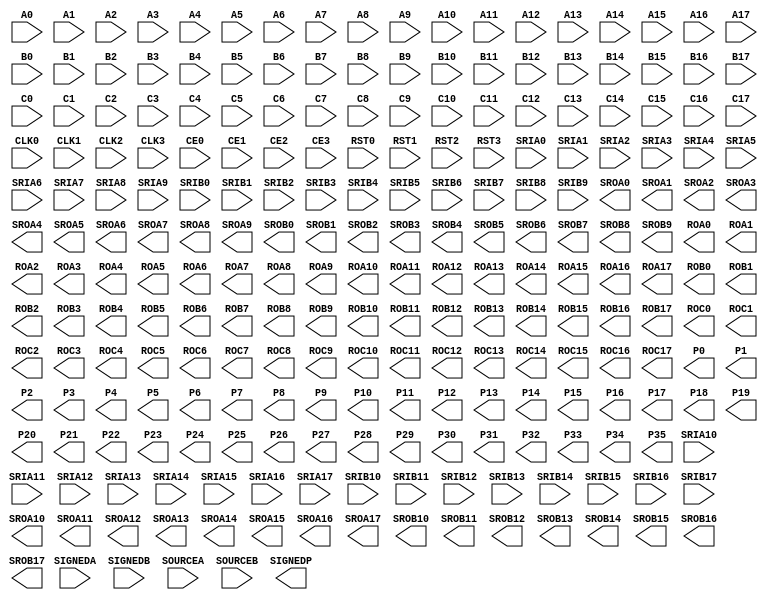
// ECP5 Blackbox cells
// FIXME: Create sim models

(* blackbox *)
module MULT18X18D(
	input A0, A1, A2, A3, A4, A5, A6, A7, A8, A9, A10, A11, A12, A13, A14, A15, A16, A17,
	input B0, B1, B2, B3, B4, B5, B6, B7, B8, B9, B10, B11, B12, B13, B14, B15, B16, B17,
	input C0, C1, C2, C3, C4, C5, C6, C7, C8, C9, C10, C11, C12, C13, C14, C15, C16, C17,
	input SIGNEDA, SIGNEDB, SOURCEA, SOURCEB,
	input CLK0, CLK1, CLK2, CLK3,
	input CE0, CE1, CE2, CE3,
	input RST0, RST1, RST2, RST3,
	input SRIA0, SRIA1, SRIA2, SRIA3, SRIA4, SRIA5, SRIA6, SRIA7, SRIA8, SRIA9, SRIA10, SRIA11, SRIA12, SRIA13, SRIA14, SRIA15, SRIA16, SRIA17,
	input SRIB0, SRIB1, SRIB2, SRIB3, SRIB4, SRIB5, SRIB6, SRIB7, SRIB8, SRIB9, SRIB10, SRIB11, SRIB12, SRIB13, SRIB14, SRIB15, SRIB16, SRIB17,
	output SROA0, SROA1, SROA2, SROA3, SROA4, SROA5, SROA6, SROA7, SROA8, SROA9, SROA10, SROA11, SROA12, SROA13, SROA14, SROA15, SROA16, SROA17,
	output SROB0, SROB1, SROB2, SROB3, SROB4, SROB5, SROB6, SROB7, SROB8, SROB9, SROB10, SROB11, SROB12, SROB13, SROB14, SROB15, SROB16, SROB17,
	output ROA0, ROA1, ROA2, ROA3, ROA4, ROA5, ROA6, ROA7, ROA8, ROA9, ROA10, ROA11, ROA12, ROA13, ROA14, ROA15, ROA16, ROA17,
	output ROB0, ROB1, ROB2, ROB3, ROB4, ROB5, ROB6, ROB7, ROB8, ROB9, ROB10, ROB11, ROB12, ROB13, ROB14, ROB15, ROB16, ROB17,
	output ROC0, ROC1, ROC2, ROC3, ROC4, ROC5, ROC6, ROC7, ROC8, ROC9, ROC10, ROC11, ROC12, ROC13, ROC14, ROC15, ROC16, ROC17,
	output P0, P1, P2, P3, P4, P5, P6, P7, P8, P9, P10, P11, P12, P13, P14, P15, P16, P17, P18, P19, P20, P21, P22, P23, P24, P25, P26, P27, P28, P29, P30, P31, P32, P33, P34, P35,
	output SIGNEDP
);
	parameter REG_INPUTA_CLK = "NONE";
	parameter REG_INPUTA_CE = "CE0";
	parameter REG_INPUTA_RST = "RST0";
	parameter REG_INPUTB_CLK = "NONE";
	parameter REG_INPUTB_CE = "CE0";
	parameter REG_INPUTB_RST = "RST0";
	parameter REG_INPUTC_CLK = "NONE";
	parameter REG_INPUTC_CE = "CE0";
	parameter REG_INPUTC_RST = "RST0";
	parameter REG_PIPELINE_CLK = "NONE";
	parameter REG_PIPELINE_CE = "CE0";
	parameter REG_PIPELINE_RST = "RST0";
	parameter REG_OUTPUT_CLK = "NONE";
	parameter REG_OUTPUT_CE = "CE0";
	parameter REG_OUTPUT_RST = "RST0";
	parameter [127:0] CLK0_DIV = "ENABLED";
	parameter [127:0] CLK1_DIV = "ENABLED";
	parameter [127:0] CLK2_DIV = "ENABLED";
	parameter [127:0] CLK3_DIV = "ENABLED";
	parameter HIGHSPEED_CLK = "NONE";
	parameter [127:0] GSR = "ENABLED";
	parameter CAS_MATCH_REG = "FALSE";
	parameter [127:0] SOURCEB_MODE = "B_SHIFT";
	parameter [127:0] MULT_BYPASS = "DISABLED";
	parameter [127:0] RESETMODE = "SYNC";
endmodule

(* blackbox *)
module ALU54B(
	input CLK0, CLK1, CLK2, CLK3,
	input CE0, CE1, CE2, CE3,
	input RST0, RST1, RST2, RST3,
	input SIGNEDIA, SIGNEDIB, SIGNEDCIN,
	input A0, A1, A2, A3, A4, A5, A6, A7, A8, A9, A10, A11, A12, A13, A14, A15, A16, A17, A18, A19, A20, A21, A22, A23, A24, A25, A26, A27, A28, A29, A30, A31, A32, A33, A34, A35,
	input B0, B1, B2, B3, B4, B5, B6, B7, B8, B9, B10, B11, B12, B13, B14, B15, B16, B17, B18, B19, B20, B21, B22, B23, B24, B25, B26, B27, B28, B29, B30, B31, B32, B33, B34, B35,
	input C0, C1, C2, C3, C4, C5, C6, C7, C8, C9, C10, C11, C12, C13, C14, C15, C16, C17, C18, C19, C20, C21, C22, C23, C24, C25, C26, C27, C28, C29, C30, C31, C32, C33, C34, C35, C36, C37, C38, C39, C40, C41, C42, C43, C44, C45, C46, C47, C48, C49, C50, C51, C52, C53,
	input CFB0, CFB1, CFB2, CFB3, CFB4, CFB5, CFB6, CFB7, CFB8, CFB9, CFB10, CFB11, CFB12, CFB13, CFB14, CFB15, CFB16, CFB17, CFB18, CFB19, CFB20, CFB21, CFB22, CFB23, CFB24, CFB25, CFB26, CFB27, CFB28, CFB29, CFB30, CFB31, CFB32, CFB33, CFB34, CFB35, CFB36, CFB37, CFB38, CFB39, CFB40, CFB41, CFB42, CFB43, CFB44, CFB45, CFB46, CFB47, CFB48, CFB49, CFB50, CFB51, CFB52, CFB53,
	input MA0, MA1, MA2, MA3, MA4, MA5, MA6, MA7, MA8, MA9, MA10, MA11, MA12, MA13, MA14, MA15, MA16, MA17, MA18, MA19, MA20, MA21, MA22, MA23, MA24, MA25, MA26, MA27, MA28, MA29, MA30, MA31, MA32, MA33, MA34, MA35,
	input MB0, MB1, MB2, MB3, MB4, MB5, MB6, MB7, MB8, MB9, MB10, MB11, MB12, MB13, MB14, MB15, MB16, MB17, MB18, MB19, MB20, MB21, MB22, MB23, MB24, MB25, MB26, MB27, MB28, MB29, MB30, MB31, MB32, MB33, MB34, MB35,
	input CIN0, CIN1, CIN2, CIN3, CIN4, CIN5, CIN6, CIN7, CIN8, CIN9, CIN10, CIN11, CIN12, CIN13, CIN14, CIN15, CIN16, CIN17, CIN18, CIN19, CIN20, CIN21, CIN22, CIN23, CIN24, CIN25, CIN26, CIN27, CIN28, CIN29, CIN30, CIN31, CIN32, CIN33, CIN34, CIN35, CIN36, CIN37, CIN38, CIN39, CIN40, CIN41, CIN42, CIN43, CIN44, CIN45, CIN46, CIN47, CIN48, CIN49, CIN50, CIN51, CIN52, CIN53,
	input OP0, OP1, OP2, OP3, OP4, OP5, OP6, OP7, OP8, OP9, OP10,
	output R0, R1, R2, R3, R4, R5, R6, R7, R8, R9, R10, R11, R12, R13, R14, R15, R16, R17, R18, R19, R20, R21, R22, R23, R24, R25, R26, R27, R28, R29, R30, R31, R32, R33, R34, R35, R36, R37, R38, R39, R40, R41, R42, R43, R44, R45, R46, R47, R48, R49, R50, R51, R52, R53,
	output CO0, CO1, CO2, CO3, CO4, CO5, CO6, CO7, CO8, CO9, CO10, CO11, CO12, CO13, CO14, CO15, CO16, CO17, CO18, CO19, CO20, CO21, CO22, CO23, CO24, CO25, CO26, CO27, CO28, CO29, CO30, CO31, CO32, CO33, CO34, CO35, CO36, CO37, CO38, CO39, CO40, CO41, CO42, CO43, CO44, CO45, CO46, CO47, CO48, CO49, CO50, CO51, CO52, CO53,
	output EQZ, EQZM, EQOM, EQPAT, EQPATB,
	output OVER, UNDER, OVERUNDER,
	output SIGNEDR
);
	parameter REG_INPUTC0_CLK = "NONE";
	parameter REG_INPUTC0_CE = "CE0";
	parameter REG_INPUTC0_RST = "RST0";
	parameter REG_INPUTC1_CLK = "NONE";
	parameter REG_INPUTC1_CE = "CE0";
	parameter REG_INPUTC1_RST = "RST0";
	parameter REG_OPCODEOP0_0_CLK = "NONE";
	parameter REG_OPCODEOP0_0_CE = "CE0";
	parameter REG_OPCODEOP0_0_RST = "RST0";
	parameter REG_OPCODEOP1_0_CLK = "NONE";
	parameter REG_OPCODEOP0_1_CLK = "NONE";
	parameter REG_OPCODEOP0_1_CE = "CE0";
	parameter REG_OPCODEOP0_1_RST = "RST0";
	parameter REG_OPCODEOP1_1_CLK = "NONE";
	parameter REG_OPCODEIN_0_CLK = "NONE";
	parameter REG_OPCODEIN_0_CE = "CE0";
	parameter REG_OPCODEIN_0_RST = "RST0";
	parameter REG_OPCODEIN_1_CLK = "NONE";
	parameter REG_OPCODEIN_1_CE = "CE0";
	parameter REG_OPCODEIN_1_RST = "RST0";
	parameter REG_OUTPUT0_CLK = "NONE";
	parameter REG_OUTPUT0_CE = "CE0";
	parameter REG_OUTPUT0_RST = "RST0";
	parameter REG_OUTPUT1_CLK = "NONE";
	parameter REG_OUTPUT1_CE = "CE0";
	parameter REG_OUTPUT1_RST = "RST0";
	parameter REG_FLAG_CLK = "NONE";
	parameter REG_FLAG_CE = "CE0";
	parameter REG_FLAG_RST = "RST0";
	parameter REG_INPUTCFB_CLK = "NONE";
	parameter REG_INPUTCFB_CE = "CE0";
	parameter REG_INPUTCFB_RST = "RST0";
	parameter [127:0] MCPAT_SOURCE = "STATIC";
	parameter [127:0] MASKPAT_SOURCE = "STATIC";
	parameter MASK01 = "0x00000000000000";
	parameter [127:0] CLK0_DIV = "ENABLED";
	parameter [127:0] CLK1_DIV = "ENABLED";
	parameter [127:0] CLK2_DIV = "ENABLED";
	parameter [127:0] CLK3_DIV = "ENABLED";
	parameter MCPAT = "0x00000000000000";
	parameter MASKPAT = "0x00000000000000";
	parameter RNDPAT = "0x00000000000000";
	parameter [127:0] GSR = "ENABLED";
	parameter [127:0] RESETMODE = "SYNC";
	parameter MULT9_MODE = "DISABLED";
	parameter FORCE_ZERO_BARREL_SHIFT = "DISABLED";
	parameter LEGACY = "DISABLED";
endmodule

(* blackbox *)
module EHXPLLL (
	input CLKI, CLKFB,
	input PHASESEL1, PHASESEL0, PHASEDIR, PHASESTEP, PHASELOADREG,
	input STDBY, PLLWAKESYNC,
	input RST, ENCLKOP, ENCLKOS, ENCLKOS2, ENCLKOS3,
	output CLKOP, CLKOS, CLKOS2, CLKOS3,
	output LOCK, INTLOCK,
	output REFCLK, CLKINTFB
);
	parameter CLKI_DIV = 1;
	parameter CLKFB_DIV = 1;
	parameter CLKOP_DIV = 8;
	parameter CLKOS_DIV = 8;
	parameter CLKOS2_DIV = 8;
	parameter CLKOS3_DIV = 8;
	parameter CLKOP_ENABLE = "ENABLED";
	parameter CLKOS_ENABLE = "DISABLED";
	parameter CLKOS2_ENABLE = "DISABLED";
	parameter CLKOS3_ENABLE = "DISABLED";
	parameter CLKOP_CPHASE = 0;
	parameter CLKOS_CPHASE = 0;
	parameter CLKOS2_CPHASE = 0;
	parameter CLKOS3_CPHASE = 0;
	parameter CLKOP_FPHASE = 0;
	parameter CLKOS_FPHASE = 0;
	parameter CLKOS2_FPHASE = 0;
	parameter CLKOS3_FPHASE = 0;
	parameter FEEDBK_PATH = "CLKOP";
	parameter CLKOP_TRIM_POL = "RISING";
	parameter CLKOP_TRIM_DELAY = 0;
	parameter CLKOS_TRIM_POL = "RISING";
	parameter CLKOS_TRIM_DELAY = 0;
	parameter OUTDIVIDER_MUXA = "DIVA";
	parameter OUTDIVIDER_MUXB = "DIVB";
	parameter OUTDIVIDER_MUXC = "DIVC";
	parameter OUTDIVIDER_MUXD = "DIVD";
	parameter PLL_LOCK_MODE = 0;
	parameter PLL_LOCK_DELAY = 200;
	parameter STDBY_ENABLE = "DISABLED";
	parameter REFIN_RESET = "DISABLED";
	parameter SYNC_ENABLE = "DISABLED";
	parameter INT_LOCK_STICKY = "ENABLED";
	parameter DPHASE_SOURCE = "DISABLED";
	parameter PLLRST_ENA = "DISABLED";
	parameter INTFB_WAKE = "DISABLED";
endmodule

(* blackbox *)
module DTR(
	input STARTPULSE,
	output DTROUT7, DTROUT6, DTROUT5, DTROUT4, DTROUT3, DTROUT2, DTROUT1, DTROUT0
);
endmodule

(* blackbox *)
module OSCG(
	output OSC
);
parameter DIV = 128;
endmodule

(* blackbox *) (* keep *)
module USRMCLK(
	input USRMCLKI, USRMCLKTS,
	output USRMCLKO
);
endmodule

(* blackbox *) (* keep *)
module JTAGG(
	input TCK, TMS, TDI, JTDO2, JTDO1,
	output TDO, JTDI, JTCK, JRTI2, JRTI1,
	output JSHIFT, JUPDATE, JRSTN, JCE2, JCE1
);
parameter ER1 = "ENABLED";
parameter ER2 = "ENABLED";
endmodule

(* blackbox *)
module DELAYF(
	input A, LOADN, MOVE, DIRECTION,
	output Z, CFLAG
);
	parameter DEL_MODE = "USER_DEFINED";
	parameter DEL_VALUE = 0;
endmodule

(* blackbox *)
module DELAYG(
	input A,
	output Z
);
	parameter DEL_MODE = "USER_DEFINED";
	parameter DEL_VALUE = 0;
endmodule

(* blackbox *)
module IDDRX1F(
	input D, SCLK, RST,
	output Q0, Q1
);
	parameter GSR = "ENABLED";
endmodule

(* blackbox *)
module IDDRX2F(
	input D, SCLK, ECLK, RST, ALIGNWD,
	output Q0, Q1, Q2, Q3
);
	parameter GSR = "ENABLED";
endmodule

(* blackbox *)
module IDDR71B(
	input D, SCLK, ECLK, RST, ALIGNWD,
	output Q0, Q1, Q2, Q3, Q4, Q5, Q6
);
	parameter GSR = "ENABLED";
endmodule

(* blackbox *)
module IDDRX2DQA(
	input D, DQSR90, ECLK, SCLK, RST,
	input RDPNTR2, RDPNTR1, RDPNTR0, WRPNTR2, WRPNTR1, WRPNTR0,
	output Q0, Q1, Q2, Q3, QWL
);
	parameter GSR = "ENABLED";
endmodule

(* blackbox *)
module ODDRX1F(
	input SCLK, RST, D0, D1,
	output Q
);
	parameter GSR = "ENABLED";
endmodule

(* blackbox *)
module ODDRX2F(
	input SCLK, ECLK, RST, D0, D1, D2, D3,
	output Q
);
	parameter GSR = "ENABLED";
endmodule

(* blackbox *)
module ODDR71B(
	input SCLK, ECLK, RST, D0, D1, D2, D3, D4, D5, D6,
	output Q
);
	parameter GSR = "ENABLED";
endmodule

(* blackbox *)
module OSHX2A(
	input D0, D1, RST, ECLK, SCLK,
	output Q
);
	parameter GSR = "ENABLED";
endmodule

(* blackbox *)
module ODDRX2DQA(
	input D0, D1, D2, D3, RST, ECLK, SCLK, DQSW270,
	output Q
);
	parameter GSR = "ENABLED";
endmodule

(* blackbox *)
module ODDRX2DQSB(
	input D0, D1, D2, D3, RST, ECLK, SCLK, DQSW,
	output Q
);
	parameter GSR = "ENABLED";
endmodule

(* blackbox *)
module TSHX2DQA(
	input T0, T1, SCLK, ECLK, DQSW270, RST,
	output Q
);
	parameter GSR = "ENABLED";
	parameter REGSET = "SET";
endmodule

(* blackbox *)
module TSHX2DQSA(
	input T0, T1, SCLK, ECLK, DQSW, RST,
	output Q
);
	parameter GSR = "ENABLED";
	parameter REGSET = "SET";
endmodule

(* blackbox *)
module DQSBUFM(
	input DQSI, READ1, READ0, READCLKSEL2, READCLKSEL1, READCLKSEL0, DDRDEL,
	input ECLK, SCLK,
	input DYNDELAY7, DYNDELAY6, DYNDELAY5, DYNDELAY4,
	input DYNDELAY3, DYNDELAY2, DYNDELAY1, DYNDELAY0, 
	input RST, RDLOADN, RDMOVE, RDDIRECTION, WRLOADN, WRMOVE, WRDIRECTION, PAUSE,
	output DQSR90, DQSW, DQSW270,
	output RDPNTR2, RDPNTR1, RDPNTR0, WRPNTR2, WRPNTR1, WRPNTR0,
	output DATAVALID, BURSTDET, RDCFLAG, WRCFLAG
);
	parameter DQS_LI_DEL_ADJ = "FACTORYONLY";
	parameter DQS_LI_DEL_VAL = 0;
	parameter DQS_LO_DEL_ADJ = "FACTORYONLY";
	parameter DQS_LO_DEL_VAL = 0;
	parameter GSR = "ENABLED";
endmodule

(* blackbox *)
module DDRDLLA(
	input CLK, RST, UDDCNTLN, FREEZE,
	output LOCK, DDRDEL, DCNTL7, DCNTL6, DCNTL5, DCNTL4, DCNTL3, DCNTL2, DCNTL1, DCNTL0
);
	parameter FORCE_MAX_DELAY = "NO";
	parameter GSR = "ENABLED";
endmodule

(* blackbox *)
module DLLDELD(
	input A, DDRDEL, LOADN, MOVE, DIRECTION,
	output Z, CFLAG
);
	parameter DEL_ADJ = "PLUS";
	parameter DEL_VAL = 0;
endmodule

(* blackbox *)
module CLKDIVF(
	input CLKI, RST, ALIGNWD,
	output CDIVX
);
	parameter GSR = "DISABLED";
	parameter DIV = "2.0";
endmodule

(* blackbox *)
module ECLKSYNCB(
	input ECLKI, STOP,
	output ECLKO
);
endmodule

(* blackbox *)
module ECLKBRIDGECS(
	input CLK0, CLK1, SEL,
	output ECSOUT
);
endmodule

(* blackbox *)
module DCCA(
	input CLKI, CE,
	output CLKO
);
endmodule

(* blackbox *)
module DCSC(
	input CLK1, CLK0,
	input SEL1, SEL0,
	input MODESEL,
	output DCSOUT
);
	parameter DCSMODE = "POS";
endmodule

(* blackbox *) (* keep *)
module DCUA(
	input CH0_HDINP, CH1_HDINP, CH0_HDINN, CH1_HDINN,
	input D_TXBIT_CLKP_FROM_ND, D_TXBIT_CLKN_FROM_ND, D_SYNC_ND, D_TXPLL_LOL_FROM_ND,
	input CH0_RX_REFCLK, CH1_RX_REFCLK, CH0_FF_RXI_CLK, CH1_FF_RXI_CLK, CH0_FF_TXI_CLK, CH1_FF_TXI_CLK, CH0_FF_EBRD_CLK, CH1_FF_EBRD_CLK,
	input CH0_FF_TX_D_0, CH1_FF_TX_D_0, CH0_FF_TX_D_1, CH1_FF_TX_D_1, CH0_FF_TX_D_2, CH1_FF_TX_D_2, CH0_FF_TX_D_3, CH1_FF_TX_D_3,
	input CH0_FF_TX_D_4, CH1_FF_TX_D_4, CH0_FF_TX_D_5, CH1_FF_TX_D_5, CH0_FF_TX_D_6, CH1_FF_TX_D_6, CH0_FF_TX_D_7, CH1_FF_TX_D_7,
	input CH0_FF_TX_D_8, CH1_FF_TX_D_8, CH0_FF_TX_D_9, CH1_FF_TX_D_9, CH0_FF_TX_D_10, CH1_FF_TX_D_10, CH0_FF_TX_D_11, CH1_FF_TX_D_11,
	input CH0_FF_TX_D_12, CH1_FF_TX_D_12, CH0_FF_TX_D_13, CH1_FF_TX_D_13, CH0_FF_TX_D_14, CH1_FF_TX_D_14, CH0_FF_TX_D_15, CH1_FF_TX_D_15,
	input CH0_FF_TX_D_16, CH1_FF_TX_D_16, CH0_FF_TX_D_17, CH1_FF_TX_D_17, CH0_FF_TX_D_18, CH1_FF_TX_D_18, CH0_FF_TX_D_19, CH1_FF_TX_D_19,
	input CH0_FF_TX_D_20, CH1_FF_TX_D_20, CH0_FF_TX_D_21, CH1_FF_TX_D_21, CH0_FF_TX_D_22, CH1_FF_TX_D_22, CH0_FF_TX_D_23, CH1_FF_TX_D_23,
	input CH0_FFC_EI_EN, CH1_FFC_EI_EN, CH0_FFC_PCIE_DET_EN, CH1_FFC_PCIE_DET_EN, CH0_FFC_PCIE_CT, CH1_FFC_PCIE_CT, CH0_FFC_SB_INV_RX, CH1_FFC_SB_INV_RX,
	input CH0_FFC_ENABLE_CGALIGN, CH1_FFC_ENABLE_CGALIGN, CH0_FFC_SIGNAL_DETECT, CH1_FFC_SIGNAL_DETECT, CH0_FFC_FB_LOOPBACK, CH1_FFC_FB_LOOPBACK, CH0_FFC_SB_PFIFO_LP, CH1_FFC_SB_PFIFO_LP,
	input CH0_FFC_PFIFO_CLR, CH1_FFC_PFIFO_CLR, CH0_FFC_RATE_MODE_RX, CH1_FFC_RATE_MODE_RX, CH0_FFC_RATE_MODE_TX, CH1_FFC_RATE_MODE_TX, CH0_FFC_DIV11_MODE_RX, CH1_FFC_DIV11_MODE_RX, CH0_FFC_RX_GEAR_MODE, CH1_FFC_RX_GEAR_MODE, CH0_FFC_TX_GEAR_MODE, CH1_FFC_TX_GEAR_MODE,
	input CH0_FFC_DIV11_MODE_TX, CH1_FFC_DIV11_MODE_TX, CH0_FFC_LDR_CORE2TX_EN, CH1_FFC_LDR_CORE2TX_EN, CH0_FFC_LANE_TX_RST, CH1_FFC_LANE_TX_RST, CH0_FFC_LANE_RX_RST, CH1_FFC_LANE_RX_RST,
	input CH0_FFC_RRST, CH1_FFC_RRST, CH0_FFC_TXPWDNB, CH1_FFC_TXPWDNB, CH0_FFC_RXPWDNB, CH1_FFC_RXPWDNB, CH0_LDR_CORE2TX, CH1_LDR_CORE2TX,
	input D_SCIWDATA0, D_SCIWDATA1, D_SCIWDATA2, D_SCIWDATA3, D_SCIWDATA4, D_SCIWDATA5, D_SCIWDATA6, D_SCIWDATA7,
	input D_SCIADDR0, D_SCIADDR1, D_SCIADDR2, D_SCIADDR3, D_SCIADDR4, D_SCIADDR5, D_SCIENAUX, D_SCISELAUX,
	input CH0_SCIEN, CH1_SCIEN, CH0_SCISEL, CH1_SCISEL, D_SCIRD, D_SCIWSTN, D_CYAWSTN, D_FFC_SYNC_TOGGLE,
	input D_FFC_DUAL_RST, D_FFC_MACRO_RST, D_FFC_MACROPDB, D_FFC_TRST, CH0_FFC_CDR_EN_BITSLIP, CH1_FFC_CDR_EN_BITSLIP, D_SCAN_ENABLE, D_SCAN_IN_0,
	input D_SCAN_IN_1, D_SCAN_IN_2, D_SCAN_IN_3, D_SCAN_IN_4, D_SCAN_IN_5, D_SCAN_IN_6, D_SCAN_IN_7, D_SCAN_MODE,
	input D_SCAN_RESET, D_CIN0, D_CIN1, D_CIN2, D_CIN3, D_CIN4, D_CIN5, D_CIN6,D_CIN7, D_CIN8, D_CIN9, D_CIN10, D_CIN11,
	output CH0_HDOUTP, CH1_HDOUTP, CH0_HDOUTN, CH1_HDOUTN, D_TXBIT_CLKP_TO_ND, D_TXBIT_CLKN_TO_ND, D_SYNC_PULSE2ND, D_TXPLL_LOL_TO_ND,
	output CH0_FF_RX_F_CLK, CH1_FF_RX_F_CLK, CH0_FF_RX_H_CLK, CH1_FF_RX_H_CLK, CH0_FF_TX_F_CLK, CH1_FF_TX_F_CLK, CH0_FF_TX_H_CLK, CH1_FF_TX_H_CLK,
	output CH0_FF_RX_PCLK, CH1_FF_RX_PCLK, CH0_FF_TX_PCLK, CH1_FF_TX_PCLK, CH0_FF_RX_D_0, CH1_FF_RX_D_0, CH0_FF_RX_D_1, CH1_FF_RX_D_1,
	output CH0_FF_RX_D_2, CH1_FF_RX_D_2, CH0_FF_RX_D_3, CH1_FF_RX_D_3, CH0_FF_RX_D_4, CH1_FF_RX_D_4, CH0_FF_RX_D_5, CH1_FF_RX_D_5,
	output CH0_FF_RX_D_6, CH1_FF_RX_D_6, CH0_FF_RX_D_7, CH1_FF_RX_D_7, CH0_FF_RX_D_8, CH1_FF_RX_D_8, CH0_FF_RX_D_9, CH1_FF_RX_D_9,
	output CH0_FF_RX_D_10, CH1_FF_RX_D_10, CH0_FF_RX_D_11, CH1_FF_RX_D_11, CH0_FF_RX_D_12, CH1_FF_RX_D_12, CH0_FF_RX_D_13, CH1_FF_RX_D_13,
	output CH0_FF_RX_D_14, CH1_FF_RX_D_14, CH0_FF_RX_D_15, CH1_FF_RX_D_15, CH0_FF_RX_D_16, CH1_FF_RX_D_16, CH0_FF_RX_D_17, CH1_FF_RX_D_17,
	output CH0_FF_RX_D_18, CH1_FF_RX_D_18, CH0_FF_RX_D_19, CH1_FF_RX_D_19, CH0_FF_RX_D_20, CH1_FF_RX_D_20, CH0_FF_RX_D_21, CH1_FF_RX_D_21,
	output CH0_FF_RX_D_22, CH1_FF_RX_D_22, CH0_FF_RX_D_23, CH1_FF_RX_D_23, CH0_FFS_PCIE_DONE, CH1_FFS_PCIE_DONE, CH0_FFS_PCIE_CON, CH1_FFS_PCIE_CON,
	output CH0_FFS_RLOS, CH1_FFS_RLOS, CH0_FFS_LS_SYNC_STATUS, CH1_FFS_LS_SYNC_STATUS, CH0_FFS_CC_UNDERRUN, CH1_FFS_CC_UNDERRUN, CH0_FFS_CC_OVERRUN, CH1_FFS_CC_OVERRUN,
	output CH0_FFS_RXFBFIFO_ERROR, CH1_FFS_RXFBFIFO_ERROR, CH0_FFS_TXFBFIFO_ERROR, CH1_FFS_TXFBFIFO_ERROR, CH0_FFS_RLOL, CH1_FFS_RLOL, CH0_FFS_SKP_ADDED, CH1_FFS_SKP_ADDED,
	output CH0_FFS_SKP_DELETED, CH1_FFS_SKP_DELETED, CH0_LDR_RX2CORE, CH1_LDR_RX2CORE, D_SCIRDATA0, D_SCIRDATA1, D_SCIRDATA2, D_SCIRDATA3,
	output D_SCIRDATA4, D_SCIRDATA5, D_SCIRDATA6, D_SCIRDATA7, D_SCIINT, D_SCAN_OUT_0, D_SCAN_OUT_1, D_SCAN_OUT_2, D_SCAN_OUT_3, D_SCAN_OUT_4, D_SCAN_OUT_5, D_SCAN_OUT_6, D_SCAN_OUT_7,
	output D_COUT0, D_COUT1, D_COUT2, D_COUT3, D_COUT4, D_COUT5, D_COUT6, D_COUT7, D_COUT8, D_COUT9, D_COUT10, D_COUT11, D_COUT12, D_COUT13, D_COUT14, D_COUT15, D_COUT16, D_COUT17, D_COUT18, D_COUT19,

	input  D_REFCLKI,
	output D_FFS_PLOL
);
	parameter CH0_AUTO_CALIB_EN = "0b0";
	parameter CH0_AUTO_FACQ_EN = "0b0";
	parameter CH0_BAND_THRESHOLD = "0b000000";
	parameter CH0_CALIB_CK_MODE = "0b0";
	parameter CH0_CC_MATCH_1 = "0b0000000000";
	parameter CH0_CC_MATCH_2 = "0b0000000000";
	parameter CH0_CC_MATCH_3 = "0b0000000000";
	parameter CH0_CC_MATCH_4 = "0b0000000000";
	parameter CH0_CDR_CNT4SEL = "0b00";
	parameter CH0_CDR_CNT8SEL = "0b00";
	parameter CH0_CTC_BYPASS = "0b0";
	parameter CH0_DCOATDCFG = "0b00";
	parameter CH0_DCOATDDLY = "0b00";
	parameter CH0_DCOBYPSATD = "0b0";
	parameter CH0_DCOCALDIV = "0b000";
	parameter CH0_DCOCTLGI = "0b000";
	parameter CH0_DCODISBDAVOID = "0b0";
	parameter CH0_DCOFLTDAC = "0b00";
	parameter CH0_DCOFTNRG = "0b000";
	parameter CH0_DCOIOSTUNE = "0b000";
	parameter CH0_DCOITUNE = "0b00";
	parameter CH0_DCOITUNE4LSB = "0b000";
	parameter CH0_DCOIUPDNX2 = "0b0";
	parameter CH0_DCONUOFLSB = "0b000";
	parameter CH0_DCOSCALEI = "0b00";
	parameter CH0_DCOSTARTVAL = "0b000";
	parameter CH0_DCOSTEP = "0b00";
	parameter CH0_DEC_BYPASS = "0b0";
	parameter CH0_ENABLE_CG_ALIGN = "0b0";
	parameter CH0_ENC_BYPASS = "0b0";
	parameter CH0_FF_RX_F_CLK_DIS = "0b0";
	parameter CH0_FF_RX_H_CLK_EN = "0b0";
	parameter CH0_FF_TX_F_CLK_DIS = "0b0";
	parameter CH0_FF_TX_H_CLK_EN = "0b0";
	parameter CH0_GE_AN_ENABLE = "0b0";
	parameter CH0_INVERT_RX = "0b0";
	parameter CH0_INVERT_TX = "0b0";
	parameter CH0_LDR_CORE2TX_SEL = "0b0";
	parameter CH0_LDR_RX2CORE_SEL = "0b0";
	parameter CH0_LEQ_OFFSET_SEL = "0b0";
	parameter CH0_LEQ_OFFSET_TRIM = "0b000";
	parameter CH0_LSM_DISABLE = "0b0";
	parameter CH0_MATCH_2_ENABLE = "0b0";
	parameter CH0_MATCH_4_ENABLE = "0b0";
	parameter CH0_MIN_IPG_CNT = "0b00";
	parameter CH0_PCIE_EI_EN = "0b0";
	parameter CH0_PCIE_MODE = "0b0";
	parameter CH0_PCS_DET_TIME_SEL = "0b00";
	parameter CH0_PDEN_SEL = "0b0";
	parameter CH0_PRBS_ENABLE = "0b0";
	parameter CH0_PRBS_LOCK = "0b0";
	parameter CH0_PRBS_SELECTION = "0b0";
	parameter CH0_RATE_MODE_RX = "0b0";
	parameter CH0_RATE_MODE_TX = "0b0";
	parameter CH0_RCV_DCC_EN = "0b0";
	parameter CH0_REG_BAND_OFFSET = "0b0000";
	parameter CH0_REG_BAND_SEL = "0b000000";
	parameter CH0_REG_IDAC_EN = "0b0";
	parameter CH0_REG_IDAC_SEL = "0b0000000000";
	parameter CH0_REQ_EN = "0b0";
	parameter CH0_REQ_LVL_SET = "0b00";
	parameter CH0_RIO_MODE = "0b0";
	parameter CH0_RLOS_SEL = "0b0";
	parameter CH0_RPWDNB = "0b0";
	parameter CH0_RTERM_RX = "0b00000";
	parameter CH0_RTERM_TX = "0b00000";
	parameter CH0_RXIN_CM = "0b00";
	parameter CH0_RXTERM_CM = "0b00";
	parameter CH0_RX_DCO_CK_DIV = "0b000";
	parameter CH0_RX_DIV11_SEL = "0b0";
	parameter CH0_RX_GEAR_BYPASS = "0b0";
	parameter CH0_RX_GEAR_MODE = "0b0";
	parameter CH0_RX_LOS_CEQ = "0b00";
	parameter CH0_RX_LOS_EN = "0b0";
	parameter CH0_RX_LOS_HYST_EN = "0b0";
	parameter CH0_RX_LOS_LVL = "0b000";
	parameter CH0_RX_RATE_SEL = "0b0000";
	parameter CH0_RX_SB_BYPASS = "0b0";
	parameter CH0_SB_BYPASS = "0b0";
	parameter CH0_SEL_SD_RX_CLK = "0b0";
	parameter CH0_TDRV_DAT_SEL = "0b00";
	parameter CH0_TDRV_POST_EN = "0b0";
	parameter CH0_TDRV_PRE_EN = "0b0";
	parameter CH0_TDRV_SLICE0_CUR = "0b000";
	parameter CH0_TDRV_SLICE0_SEL = "0b00";
	parameter CH0_TDRV_SLICE1_CUR = "0b000";
	parameter CH0_TDRV_SLICE1_SEL = "0b00";
	parameter CH0_TDRV_SLICE2_CUR = "0b00";
	parameter CH0_TDRV_SLICE2_SEL = "0b00";
	parameter CH0_TDRV_SLICE3_CUR = "0b00";
	parameter CH0_TDRV_SLICE3_SEL = "0b00";
	parameter CH0_TDRV_SLICE4_CUR = "0b00";
	parameter CH0_TDRV_SLICE4_SEL = "0b00";
	parameter CH0_TDRV_SLICE5_CUR = "0b00";
	parameter CH0_TDRV_SLICE5_SEL = "0b00";
	parameter CH0_TPWDNB = "0b0";
	parameter CH0_TX_CM_SEL = "0b00";
	parameter CH0_TX_DIV11_SEL = "0b0";
	parameter CH0_TX_GEAR_BYPASS = "0b0";
	parameter CH0_TX_GEAR_MODE = "0b0";
	parameter CH0_TX_POST_SIGN = "0b0";
	parameter CH0_TX_PRE_SIGN = "0b0";
	parameter CH0_UC_MODE = "0b0";
	parameter CH0_UDF_COMMA_A = "0b0000000000";
	parameter CH0_UDF_COMMA_B = "0b0000000000";
	parameter CH0_UDF_COMMA_MASK = "0b0000000000";
	parameter CH0_WA_BYPASS = "0b0";
	parameter CH0_WA_MODE = "0b0";
	parameter CH1_AUTO_CALIB_EN = "0b0";
	parameter CH1_AUTO_FACQ_EN = "0b0";
	parameter CH1_BAND_THRESHOLD = "0b000000";
	parameter CH1_CALIB_CK_MODE = "0b0";
	parameter CH1_CC_MATCH_1 = "0b0000000000";
	parameter CH1_CC_MATCH_2 = "0b0000000000";
	parameter CH1_CC_MATCH_3 = "0b0000000000";
	parameter CH1_CC_MATCH_4 = "0b0000000000";
	parameter CH1_CDR_CNT4SEL = "0b00";
	parameter CH1_CDR_CNT8SEL = "0b00";
	parameter CH1_CTC_BYPASS = "0b0";
	parameter CH1_DCOATDCFG = "0b00";
	parameter CH1_DCOATDDLY = "0b00";
	parameter CH1_DCOBYPSATD = "0b0";
	parameter CH1_DCOCALDIV = "0b000";
	parameter CH1_DCOCTLGI = "0b000";
	parameter CH1_DCODISBDAVOID = "0b0";
	parameter CH1_DCOFLTDAC = "0b00";
	parameter CH1_DCOFTNRG = "0b000";
	parameter CH1_DCOIOSTUNE = "0b000";
	parameter CH1_DCOITUNE = "0b00";
	parameter CH1_DCOITUNE4LSB = "0b000";
	parameter CH1_DCOIUPDNX2 = "0b0";
	parameter CH1_DCONUOFLSB = "0b000";
	parameter CH1_DCOSCALEI = "0b00";
	parameter CH1_DCOSTARTVAL = "0b000";
	parameter CH1_DCOSTEP = "0b00";
	parameter CH1_DEC_BYPASS = "0b0";
	parameter CH1_ENABLE_CG_ALIGN = "0b0";
	parameter CH1_ENC_BYPASS = "0b0";
	parameter CH1_FF_RX_F_CLK_DIS = "0b0";
	parameter CH1_FF_RX_H_CLK_EN = "0b0";
	parameter CH1_FF_TX_F_CLK_DIS = "0b0";
	parameter CH1_FF_TX_H_CLK_EN = "0b0";
	parameter CH1_GE_AN_ENABLE = "0b0";
	parameter CH1_INVERT_RX = "0b0";
	parameter CH1_INVERT_TX = "0b0";
	parameter CH1_LDR_CORE2TX_SEL = "0b0";
	parameter CH1_LDR_RX2CORE_SEL = "0b0";
	parameter CH1_LEQ_OFFSET_SEL = "0b0";
	parameter CH1_LEQ_OFFSET_TRIM = "0b000";
	parameter CH1_LSM_DISABLE = "0b0";
	parameter CH1_MATCH_2_ENABLE = "0b0";
	parameter CH1_MATCH_4_ENABLE = "0b0";
	parameter CH1_MIN_IPG_CNT = "0b00";
	parameter CH1_PCIE_EI_EN = "0b0";
	parameter CH1_PCIE_MODE = "0b0";
	parameter CH1_PCS_DET_TIME_SEL = "0b00";
	parameter CH1_PDEN_SEL = "0b0";
	parameter CH1_PRBS_ENABLE = "0b0";
	parameter CH1_PRBS_LOCK = "0b0";
	parameter CH1_PRBS_SELECTION = "0b0";
	parameter CH1_RATE_MODE_RX = "0b0";
	parameter CH1_RATE_MODE_TX = "0b0";
	parameter CH1_RCV_DCC_EN = "0b0";
	parameter CH1_REG_BAND_OFFSET = "0b0000";
	parameter CH1_REG_BAND_SEL = "0b000000";
	parameter CH1_REG_IDAC_EN = "0b0";
	parameter CH1_REG_IDAC_SEL = "0b0000000000";
	parameter CH1_REQ_EN = "0b0";
	parameter CH1_REQ_LVL_SET = "0b00";
	parameter CH1_RIO_MODE = "0b0";
	parameter CH1_RLOS_SEL = "0b0";
	parameter CH1_RPWDNB = "0b0";
	parameter CH1_RTERM_RX = "0b00000";
	parameter CH1_RTERM_TX = "0b00000";
	parameter CH1_RXIN_CM = "0b00";
	parameter CH1_RXTERM_CM = "0b00";
	parameter CH1_RX_DCO_CK_DIV = "0b000";
	parameter CH1_RX_DIV11_SEL = "0b0";
	parameter CH1_RX_GEAR_BYPASS = "0b0";
	parameter CH1_RX_GEAR_MODE = "0b0";
	parameter CH1_RX_LOS_CEQ = "0b00";
	parameter CH1_RX_LOS_EN = "0b0";
	parameter CH1_RX_LOS_HYST_EN = "0b0";
	parameter CH1_RX_LOS_LVL = "0b000";
	parameter CH1_RX_RATE_SEL = "0b0000";
	parameter CH1_RX_SB_BYPASS = "0b0";
	parameter CH1_SB_BYPASS = "0b0";
	parameter CH1_SEL_SD_RX_CLK = "0b0";
	parameter CH1_TDRV_DAT_SEL = "0b00";
	parameter CH1_TDRV_POST_EN = "0b0";
	parameter CH1_TDRV_PRE_EN = "0b0";
	parameter CH1_TDRV_SLICE0_CUR = "0b000";
	parameter CH1_TDRV_SLICE0_SEL = "0b00";
	parameter CH1_TDRV_SLICE1_CUR = "0b000";
	parameter CH1_TDRV_SLICE1_SEL = "0b00";
	parameter CH1_TDRV_SLICE2_CUR = "0b00";
	parameter CH1_TDRV_SLICE2_SEL = "0b00";
	parameter CH1_TDRV_SLICE3_CUR = "0b00";
	parameter CH1_TDRV_SLICE3_SEL = "0b00";
	parameter CH1_TDRV_SLICE4_CUR = "0b00";
	parameter CH1_TDRV_SLICE4_SEL = "0b00";
	parameter CH1_TDRV_SLICE5_CUR = "0b00";
	parameter CH1_TDRV_SLICE5_SEL = "0b00";
	parameter CH1_TPWDNB = "0b0";
	parameter CH1_TX_CM_SEL = "0b00";
	parameter CH1_TX_DIV11_SEL = "0b0";
	parameter CH1_TX_GEAR_BYPASS = "0b0";
	parameter CH1_TX_GEAR_MODE = "0b0";
	parameter CH1_TX_POST_SIGN = "0b0";
	parameter CH1_TX_PRE_SIGN = "0b0";
	parameter CH1_UC_MODE = "0b0";
	parameter CH1_UDF_COMMA_A = "0b0000000000";
	parameter CH1_UDF_COMMA_B = "0b0000000000";
	parameter CH1_UDF_COMMA_MASK = "0b0000000000";
	parameter CH1_WA_BYPASS = "0b0";
	parameter CH1_WA_MODE = "0b0";
	parameter D_BITCLK_FROM_ND_EN = "0b0";
	parameter D_BITCLK_LOCAL_EN = "0b0";
	parameter D_BITCLK_ND_EN = "0b0";
	parameter D_BUS8BIT_SEL = "0b0";
	parameter D_CDR_LOL_SET = "0b00";
	parameter D_CMUSETBIASI = "0b00";
	parameter D_CMUSETI4CPP = "0b0000";
	parameter D_CMUSETI4CPZ = "0b0000";
	parameter D_CMUSETI4VCO = "0b00";
	parameter D_CMUSETICP4P = "0b00";
	parameter D_CMUSETICP4Z = "0b000";
	parameter D_CMUSETINITVCT = "0b00";
	parameter D_CMUSETISCL4VCO = "0b000";
	parameter D_CMUSETP1GM = "0b000";
	parameter D_CMUSETP2AGM = "0b000";
	parameter D_CMUSETZGM = "0b000";
	parameter D_DCO_CALIB_TIME_SEL = "0b00";
	parameter D_HIGH_MARK = "0b0000";
	parameter D_IB_PWDNB = "0b0";
	parameter D_ISETLOS = "0b00000000";
	parameter D_LOW_MARK = "0b0000";
	parameter D_MACROPDB = "0b0";
	parameter D_PD_ISET = "0b00";
	parameter D_PLL_LOL_SET = "0b00";
	parameter D_REFCK_MODE = "0b000";
	parameter D_REQ_ISET = "0b000";
	parameter D_RG_EN = "0b0";
	parameter D_RG_SET = "0b00";
	parameter D_SETICONST_AUX = "0b00";
	parameter D_SETICONST_CH = "0b00";
	parameter D_SETIRPOLY_AUX = "0b00";
	parameter D_SETIRPOLY_CH = "0b00";
	parameter D_SETPLLRC = "0b000000";
	parameter D_SYNC_LOCAL_EN = "0b0";
	parameter D_SYNC_ND_EN = "0b0";
	parameter D_TXPLL_PWDNB = "0b0";
	parameter D_TX_VCO_CK_DIV = "0b000";
	parameter D_XGE_MODE = "0b0";

// These parameters don't do anything but are
// needed for compatibility with Diamond
	parameter D_TX_MAX_RATE = "2.5";
	parameter D_RX_MAX_RATE = "2.5";
	parameter CH0_TXAMPLITUDE = "0d1300";
	parameter CH1_TXAMPLITUDE = "0d1300";
	parameter CH0_PROTOCOL = "8B10B";
	parameter CH1_PROTOCOL = "8B10B";
	parameter CH0_CDR_MAX_RATE = "2.5";
	parameter CH1_CDR_MAX_RATE = "2.5";
	parameter CH0_TXDEPRE = "DISABLED";
	parameter CH1_TXDEPRE = "DISABLED";
	parameter CH0_TXDEPOST = "DISABLED";
	parameter CH1_TXDEPOST = "DISABLED";
endmodule

(* blackbox *)
module EXTREFB (
	input  REFCLKP, REFCLKN,
	output REFCLKO
);
	parameter REFCK_PWDNB = "0b0";
	parameter REFCK_RTERM = "0b0";
	parameter REFCK_DCBIAS_EN = "0b0";
endmodule

(* blackbox *)
module PCSCLKDIV (
	input CLKI, RST, SEL2, SEL1, SEL0,
	output CDIV1, CDIVX
);
	parameter GSR = "DISABLED";
endmodule

// Note: this module is not marked keep as we want it swept away in synth (sim use only)
(* blackbox *)
module PUR (
	input PUR
);
	parameter RST_PULSE = 1;
endmodule

(* blackbox, keep *)
module GSR (
	input GSR
);
endmodule

(* blackbox, keep *)
module SGSR (
	input GSR, CLK
);
endmodule


(* blackbox *)
module PDPW16KD (
	input DI35, DI34, DI33, DI32, DI31, DI30, DI29, DI28, DI27, DI26, DI25, DI24, DI23, DI22, DI21, DI20, DI19, DI18,
	input DI17, DI16, DI15, DI14, DI13, DI12, DI11, DI10, DI9, DI8, DI7, DI6, DI5, DI4, DI3, DI2, DI1, DI0,
	input ADW8, ADW7, ADW6, ADW5, ADW4, ADW3, ADW2, ADW1, ADW0,
	input BE3,  BE2,  BE1, BE0, CEW, CLKW, CSW2, CSW1, CSW0,
	input ADR13, ADR12, ADR11, ADR10, ADR9, ADR8, ADR7, ADR6, ADR5, ADR4, ADR3, ADR2, ADR1, ADR0,
	input CER, OCER, CLKR, CSR2, CSR1, CSR0, RST,
	output DO35, DO34, DO33, DO32, DO31, DO30, DO29, DO28, DO27, DO26, DO25, DO24, DO23, DO22, DO21, DO20, DO19, DO18,
	output DO17, DO16, DO15, DO14, DO13, DO12, DO11, DO10, DO9, DO8, DO7, DO6, DO5, DO4, DO3, DO2, DO1, DO0
);
	parameter DATA_WIDTH_W = 36;
	parameter DATA_WIDTH_R = 36;
	parameter GSR = "ENABLED";

	parameter REGMODE = "NOREG";

	parameter RESETMODE = "SYNC";
	parameter ASYNC_RESET_RELEASE = "SYNC";

	parameter CSDECODE_W = "0b000";
	parameter CSDECODE_R = "0b000";

	parameter INITVAL_00 = 320'h00000000000000000000000000000000000000000000000000000000000000000000000000000000;
	parameter INITVAL_01 = 320'h00000000000000000000000000000000000000000000000000000000000000000000000000000000;
	parameter INITVAL_02 = 320'h00000000000000000000000000000000000000000000000000000000000000000000000000000000;
	parameter INITVAL_03 = 320'h00000000000000000000000000000000000000000000000000000000000000000000000000000000;
	parameter INITVAL_04 = 320'h00000000000000000000000000000000000000000000000000000000000000000000000000000000;
	parameter INITVAL_05 = 320'h00000000000000000000000000000000000000000000000000000000000000000000000000000000;
	parameter INITVAL_06 = 320'h00000000000000000000000000000000000000000000000000000000000000000000000000000000;
	parameter INITVAL_07 = 320'h00000000000000000000000000000000000000000000000000000000000000000000000000000000;
	parameter INITVAL_08 = 320'h00000000000000000000000000000000000000000000000000000000000000000000000000000000;
	parameter INITVAL_09 = 320'h00000000000000000000000000000000000000000000000000000000000000000000000000000000;
	parameter INITVAL_0A = 320'h00000000000000000000000000000000000000000000000000000000000000000000000000000000;
	parameter INITVAL_0B = 320'h00000000000000000000000000000000000000000000000000000000000000000000000000000000;
	parameter INITVAL_0C = 320'h00000000000000000000000000000000000000000000000000000000000000000000000000000000;
	parameter INITVAL_0D = 320'h00000000000000000000000000000000000000000000000000000000000000000000000000000000;
	parameter INITVAL_0E = 320'h00000000000000000000000000000000000000000000000000000000000000000000000000000000;
	parameter INITVAL_0F = 320'h00000000000000000000000000000000000000000000000000000000000000000000000000000000;
	parameter INITVAL_10 = 320'h00000000000000000000000000000000000000000000000000000000000000000000000000000000;
	parameter INITVAL_11 = 320'h00000000000000000000000000000000000000000000000000000000000000000000000000000000;
	parameter INITVAL_12 = 320'h00000000000000000000000000000000000000000000000000000000000000000000000000000000;
	parameter INITVAL_13 = 320'h00000000000000000000000000000000000000000000000000000000000000000000000000000000;
	parameter INITVAL_14 = 320'h00000000000000000000000000000000000000000000000000000000000000000000000000000000;
	parameter INITVAL_15 = 320'h00000000000000000000000000000000000000000000000000000000000000000000000000000000;
	parameter INITVAL_16 = 320'h00000000000000000000000000000000000000000000000000000000000000000000000000000000;
	parameter INITVAL_17 = 320'h00000000000000000000000000000000000000000000000000000000000000000000000000000000;
	parameter INITVAL_18 = 320'h00000000000000000000000000000000000000000000000000000000000000000000000000000000;
	parameter INITVAL_19 = 320'h00000000000000000000000000000000000000000000000000000000000000000000000000000000;
	parameter INITVAL_1A = 320'h00000000000000000000000000000000000000000000000000000000000000000000000000000000;
	parameter INITVAL_1B = 320'h00000000000000000000000000000000000000000000000000000000000000000000000000000000;
	parameter INITVAL_1C = 320'h00000000000000000000000000000000000000000000000000000000000000000000000000000000;
	parameter INITVAL_1D = 320'h00000000000000000000000000000000000000000000000000000000000000000000000000000000;
	parameter INITVAL_1E = 320'h00000000000000000000000000000000000000000000000000000000000000000000000000000000;
	parameter INITVAL_1F = 320'h00000000000000000000000000000000000000000000000000000000000000000000000000000000;
	parameter INITVAL_20 = 320'h00000000000000000000000000000000000000000000000000000000000000000000000000000000;
	parameter INITVAL_21 = 320'h00000000000000000000000000000000000000000000000000000000000000000000000000000000;
	parameter INITVAL_22 = 320'h00000000000000000000000000000000000000000000000000000000000000000000000000000000;
	parameter INITVAL_23 = 320'h00000000000000000000000000000000000000000000000000000000000000000000000000000000;
	parameter INITVAL_24 = 320'h00000000000000000000000000000000000000000000000000000000000000000000000000000000;
	parameter INITVAL_25 = 320'h00000000000000000000000000000000000000000000000000000000000000000000000000000000;
	parameter INITVAL_26 = 320'h00000000000000000000000000000000000000000000000000000000000000000000000000000000;
	parameter INITVAL_27 = 320'h00000000000000000000000000000000000000000000000000000000000000000000000000000000;
	parameter INITVAL_28 = 320'h00000000000000000000000000000000000000000000000000000000000000000000000000000000;
	parameter INITVAL_29 = 320'h00000000000000000000000000000000000000000000000000000000000000000000000000000000;
	parameter INITVAL_2A = 320'h00000000000000000000000000000000000000000000000000000000000000000000000000000000;
	parameter INITVAL_2B = 320'h00000000000000000000000000000000000000000000000000000000000000000000000000000000;
	parameter INITVAL_2C = 320'h00000000000000000000000000000000000000000000000000000000000000000000000000000000;
	parameter INITVAL_2D = 320'h00000000000000000000000000000000000000000000000000000000000000000000000000000000;
	parameter INITVAL_2E = 320'h00000000000000000000000000000000000000000000000000000000000000000000000000000000;
	parameter INITVAL_2F = 320'h00000000000000000000000000000000000000000000000000000000000000000000000000000000;
	parameter INITVAL_30 = 320'h00000000000000000000000000000000000000000000000000000000000000000000000000000000;
	parameter INITVAL_31 = 320'h00000000000000000000000000000000000000000000000000000000000000000000000000000000;
	parameter INITVAL_32 = 320'h00000000000000000000000000000000000000000000000000000000000000000000000000000000;
	parameter INITVAL_33 = 320'h00000000000000000000000000000000000000000000000000000000000000000000000000000000;
	parameter INITVAL_34 = 320'h00000000000000000000000000000000000000000000000000000000000000000000000000000000;
	parameter INITVAL_35 = 320'h00000000000000000000000000000000000000000000000000000000000000000000000000000000;
	parameter INITVAL_36 = 320'h00000000000000000000000000000000000000000000000000000000000000000000000000000000;
	parameter INITVAL_37 = 320'h00000000000000000000000000000000000000000000000000000000000000000000000000000000;
	parameter INITVAL_38 = 320'h00000000000000000000000000000000000000000000000000000000000000000000000000000000;
	parameter INITVAL_39 = 320'h00000000000000000000000000000000000000000000000000000000000000000000000000000000;
	parameter INITVAL_3A = 320'h00000000000000000000000000000000000000000000000000000000000000000000000000000000;
	parameter INITVAL_3B = 320'h00000000000000000000000000000000000000000000000000000000000000000000000000000000;
	parameter INITVAL_3C = 320'h00000000000000000000000000000000000000000000000000000000000000000000000000000000;
	parameter INITVAL_3D = 320'h00000000000000000000000000000000000000000000000000000000000000000000000000000000;
	parameter INITVAL_3E = 320'h00000000000000000000000000000000000000000000000000000000000000000000000000000000;
	parameter INITVAL_3F = 320'h00000000000000000000000000000000000000000000000000000000000000000000000000000000;
	parameter INIT_DATA = "STATIC";
	parameter CLKWMUX = "CLKW";
	parameter CLKRMUX = "CLKR";

endmodule